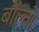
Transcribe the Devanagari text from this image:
बोल्तो